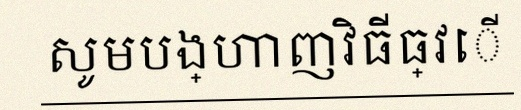
សូមបង្ហាញវិធីធ្វើ